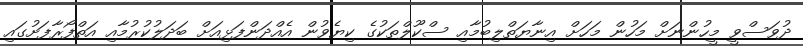
ދުވަސްވީ މީހުންނަށް މަހުން މަހަށް އިނާޔަތްލިބުމާއި ސްކޫލްތަކުގެ ކިޔެވުން އެއްދަންފަޅިއަށް ބަދަލުކުރުމާއި އަތްފޯރާފަށުގައި